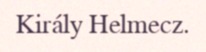
Király Helmecz.